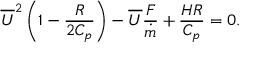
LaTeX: { \overline { { U } } } ^ { 2 } \left( { 1 - { \frac { R } { 2 C _ { p } } } } \right) - { \overline { { U } } } { \frac { F } { \dot { m } } } + { \frac { H R } { C _ { p } } } = 0 .